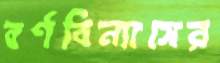
বর্ণবিন্যাসের